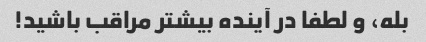
بله، و لطفا در آینده بیشتر مراقب باشید!